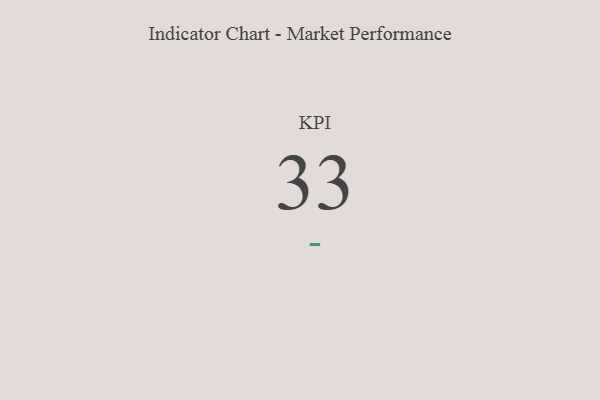
{"axis": {"x": "KPI", "y": "Value"}, "legend": [""], "data": [{"x": "KPI", "y": 33, "type": ""}]}